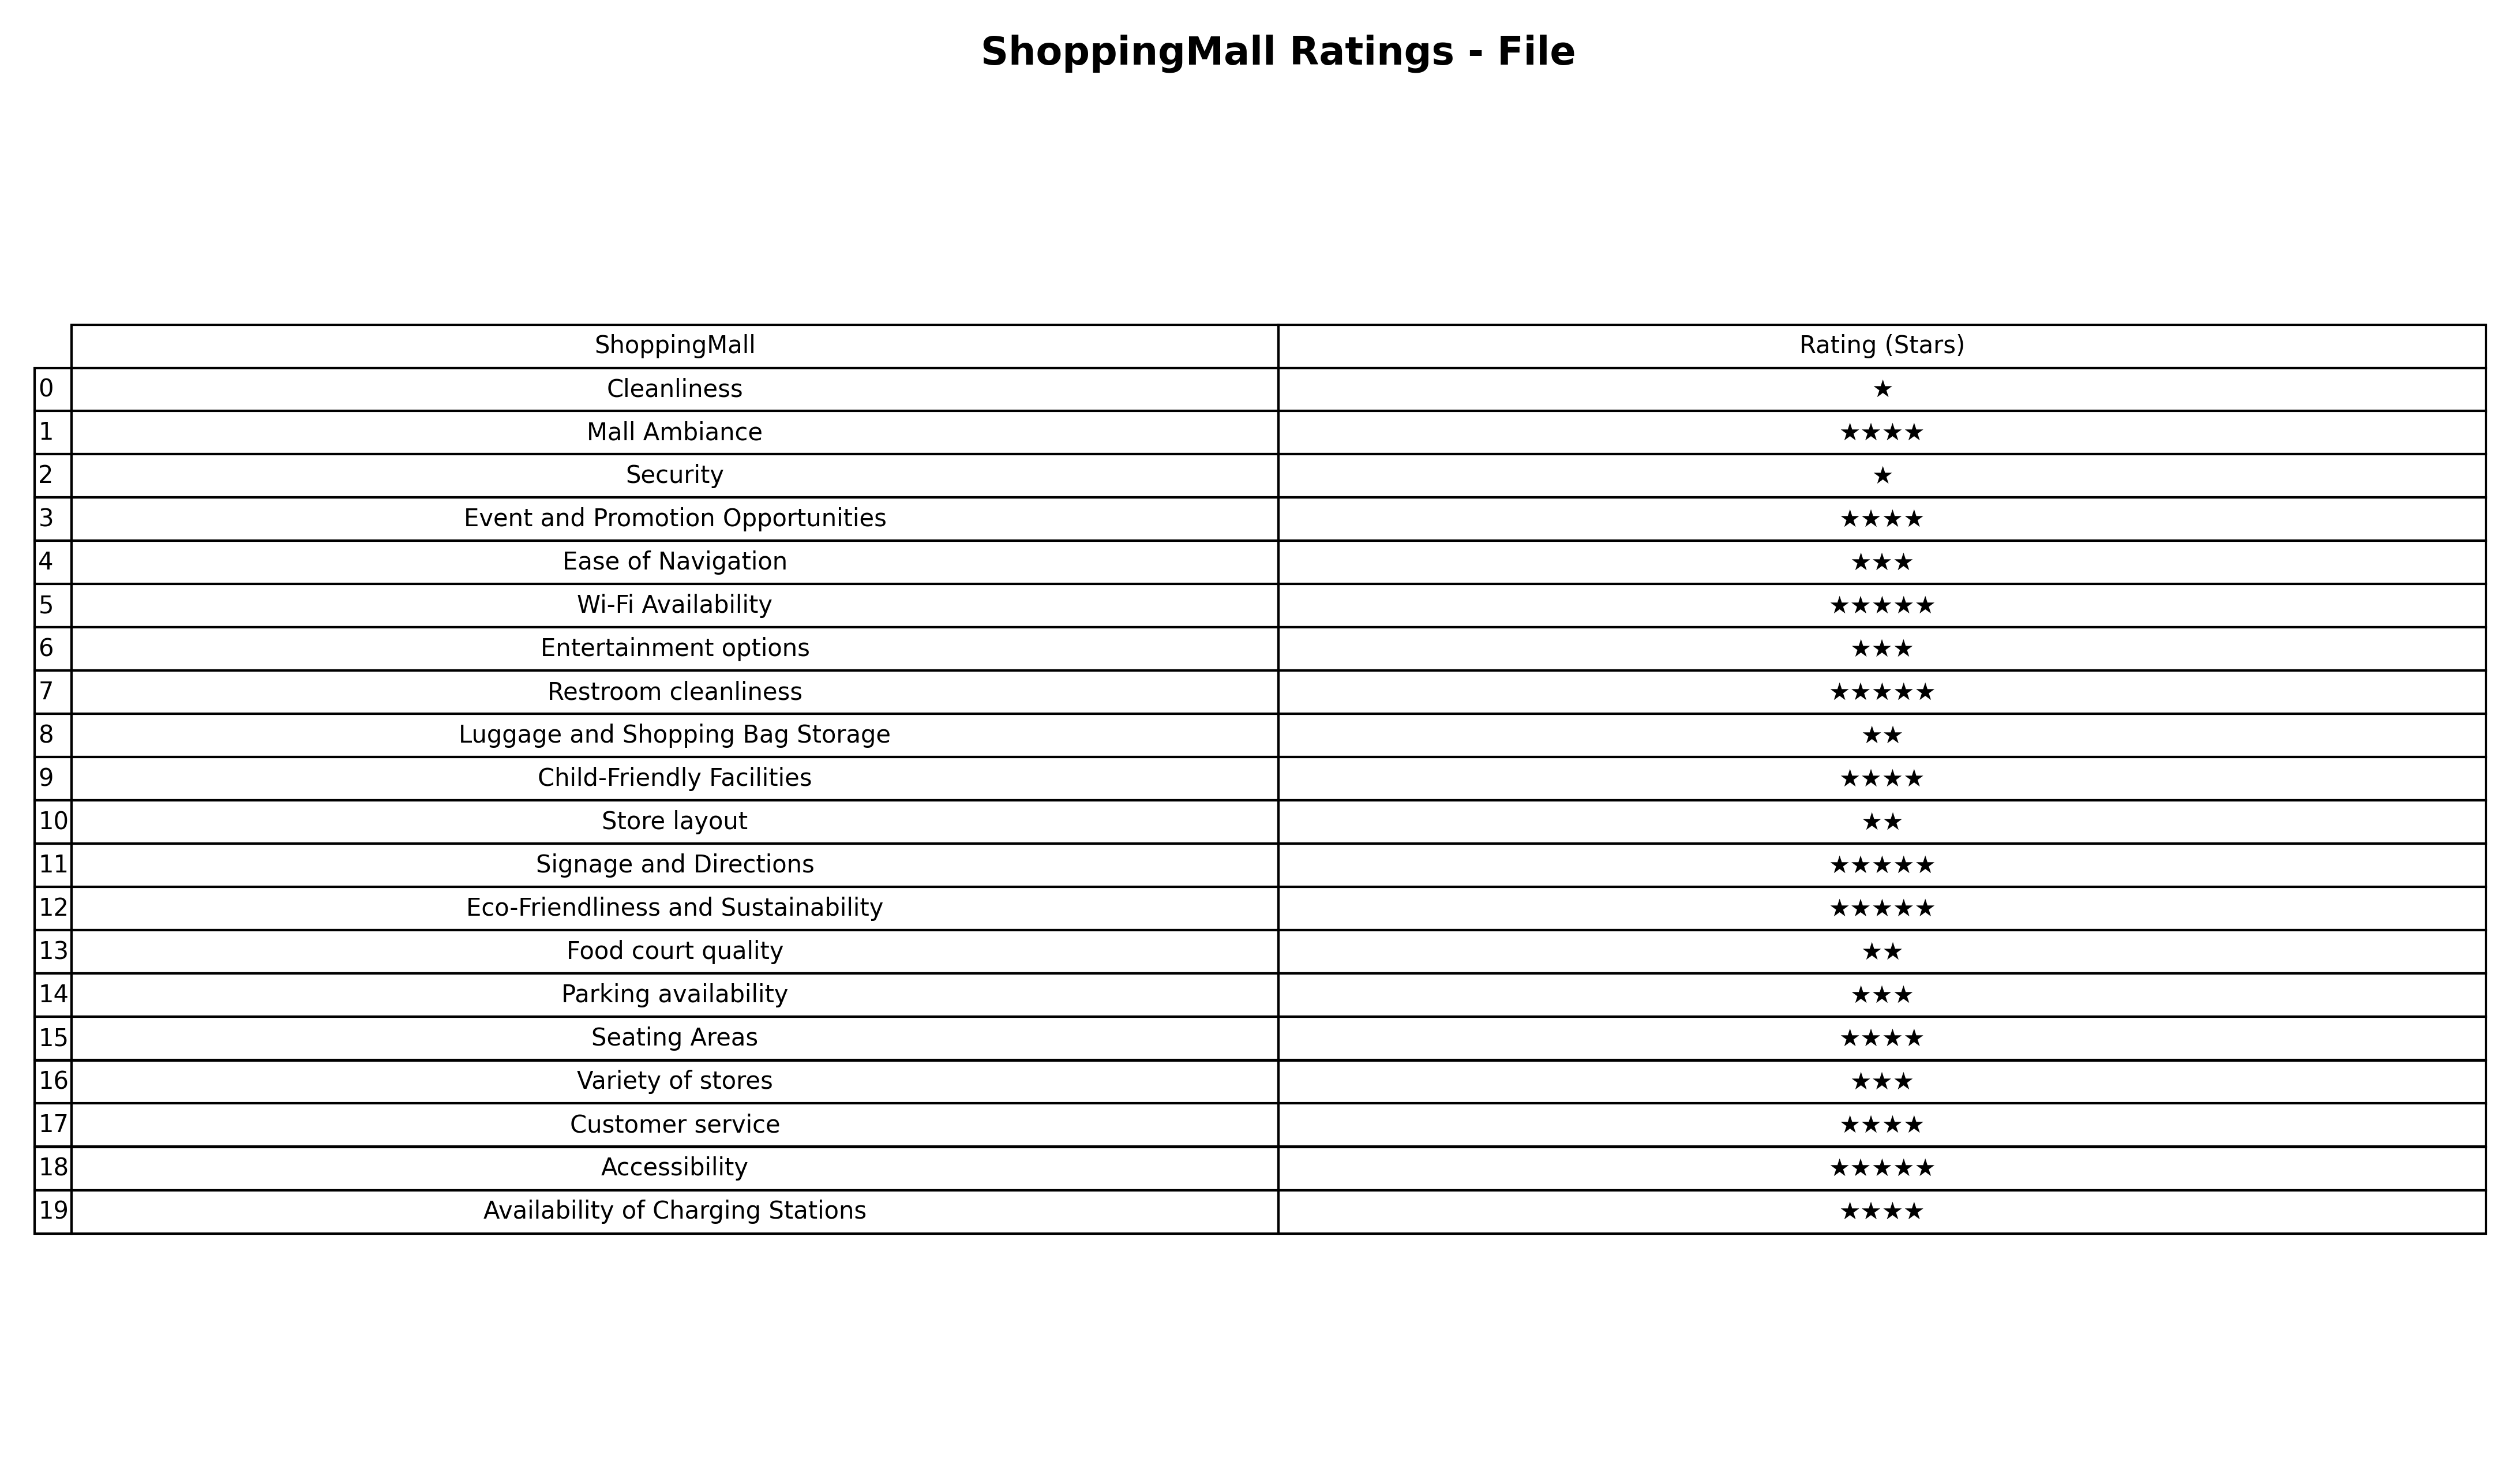
question: What is the rating of Accessibility?
answer: ★★★★★